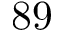
8 9